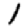
Digit: 1